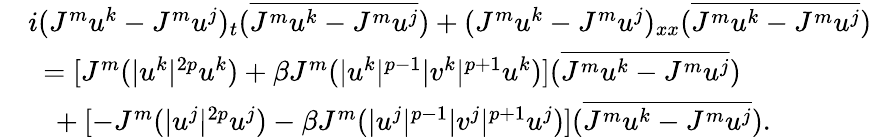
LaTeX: \begin{array}{rl}&{i(J^{m}u^{k}-J^{m}u^{j})_{t}(\overline{{J^{m}u^{k}-J^{m}u^{j}}})+(J^{m}u^{k}-J^{m}u^{j})_{xx}(\overline{{J^{m}u^{k}-J^{m}u^{j}}})}\\ &{\ =[J^{m}(|u^{k}|^{2p}u^{k})+\beta J^{m}(|u^{k}|^{p-1}|v^{k}|^{p+1}u^{k})](\overline{{J^{m}u^{k}-J^{m}u^{j}}})}\\ &{\ \ \ +[-J^{m}(|u^{j}|^{2p}u^{j})-\beta J^{m}(|u^{j}|^{p-1}|v^{j}|^{p+1}u^{j})](\overline{{J^{m}u^{k}-J^{m}u^{j}}}).}\end{array}